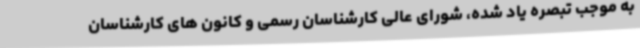
به موجب تبصره یاد شده، شورای عالی کارشناسان رسمی و کانون های کارشناسان